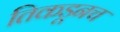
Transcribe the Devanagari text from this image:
तिकडूनच